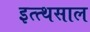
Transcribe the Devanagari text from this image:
इत्त्थसाल